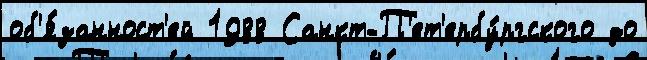
об'я́занност'ей 1988 Санкт-П'ет'ербу́ргского до